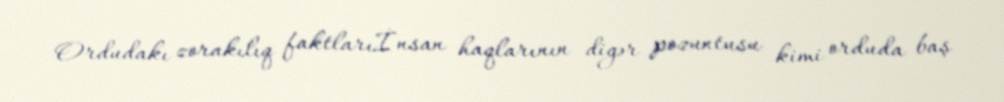
Ordudakı zorakılıq faktlarıİnsan haqlarının digər pozuntusu kimi orduda baş